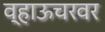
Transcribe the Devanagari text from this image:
व्हाऊचरवर